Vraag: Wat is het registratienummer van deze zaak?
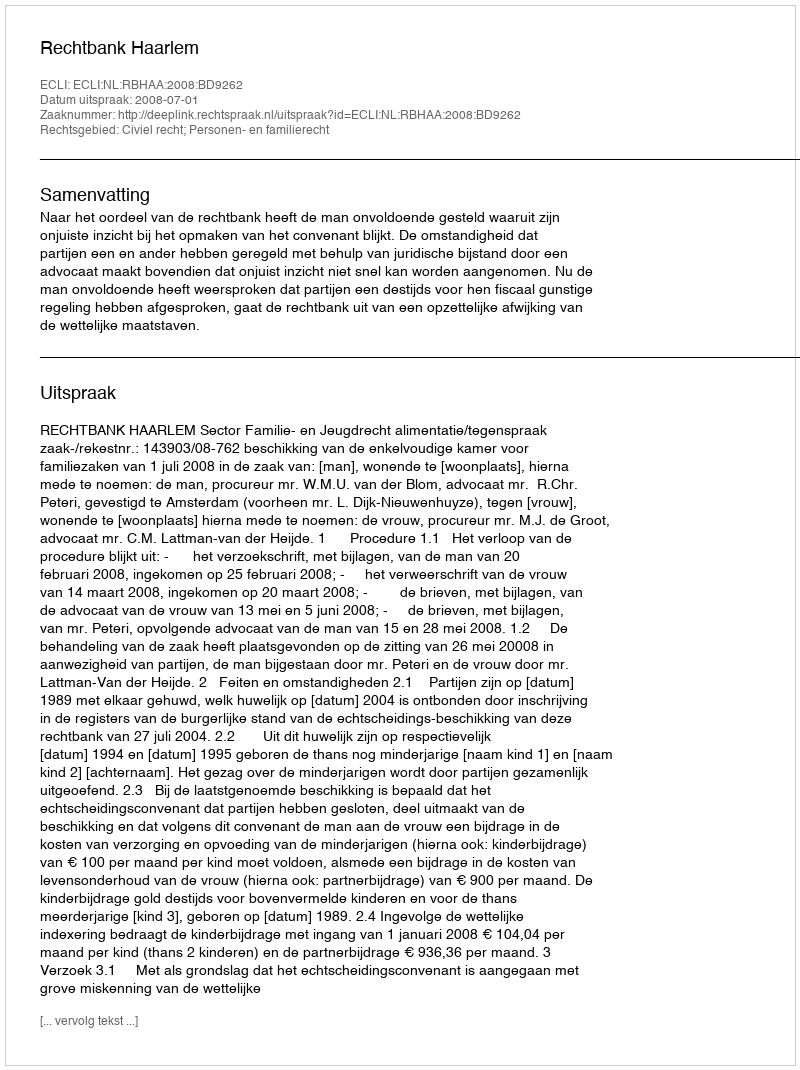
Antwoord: http://deeplink.rechtspraak.nl/uitspraak?id=ECLI:NL:RBHAA:2008:BD9262